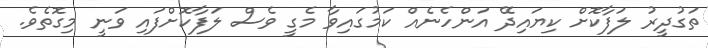
ތަގުދީރު ލަފާކޮށް ކިޔައިދޭ އަންހެނެއް ކަމުގައިވާ މެގީ ވެސް ލަފާކޮށްފައި ވަނީ މިގޮތެވެ.